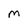
Character: m